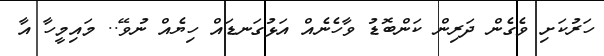
ހަރުކަށި ވެގެން ދަރިން ކަންބޮޑު ވާހެނެއް އަޅުގަނޑައް ހިޔެއް ނުވޭ.. މައިމީހާ އާ